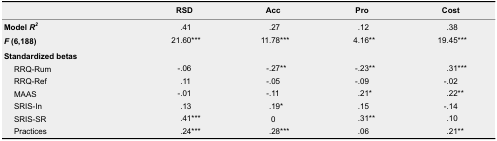
|  | RSD | Acc | Pro | Cost |
 | --- | --- | --- | --- | --- |
 | Model R2 | .41 | .27 | .12 | .38 |
 | F (6,188) | 21.60*** | 11.78*** | 4.16** | 19.45*** |
 | <COLSPAN=5> Standardized betas |
 | RRQ-Rum | -.06 | -.27** | -.23** | .31*** |
 | RRQ-Ref | .11 | -.05 | -.09 | -.02 |
 | MAAS | -.01 | -.11 | .21* | .22** |
 | SRIS-In | .13 | .19* | .15 | -.14 |
 | SRIS-SR | .41*** | 0 | .31** | .10 |
 | Practices | .24*** | .28*** | .06 | .21** |